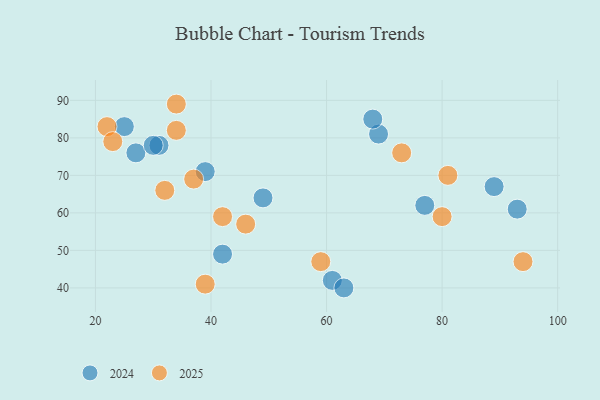
{"axis": {"x": "GDP", "y": "Life Expectancy"}, "legend": ["2024", "2025"], "data": [{"x": "81", "y": 70, "type": "2025"}, {"x": "22", "y": 83, "type": "2025"}, {"x": "80", "y": 59, "type": "2025"}, {"x": "32", "y": 66, "type": "2025"}, {"x": "46", "y": 57, "type": "2025"}, {"x": "73", "y": 76, "type": "2025"}, {"x": "39", "y": 41, "type": "2025"}, {"x": "34", "y": 82, "type": "2025"}, {"x": "34", "y": 89, "type": "2025"}, {"x": "94", "y": 47, "type": "2025"}, {"x": "37", "y": 69, "type": "2025"}, {"x": "42", "y": 59, "type": "2025"}, {"x": "59", "y": 47, "type": "2025"}, {"x": "23", "y": 79, "type": "2025"}, {"x": "61", "y": 42, "type": "2024"}, {"x": "49", "y": 64, "type": "2024"}, {"x": "31", "y": 78, "type": "2024"}, {"x": "69", "y": 81, "type": "2024"}, {"x": "27", "y": 76, "type": "2024"}, {"x": "68", "y": 85, "type": "2024"}, {"x": "25", "y": 83, "type": "2024"}, {"x": "42", "y": 49, "type": "2024"}, {"x": "63", "y": 40, "type": "2024"}, {"x": "93", "y": 61, "type": "2024"}, {"x": "89", "y": 67, "type": "2024"}, {"x": "39", "y": 71, "type": "2024"}, {"x": "77", "y": 62, "type": "2024"}, {"x": "30", "y": 78, "type": "2024"}]}